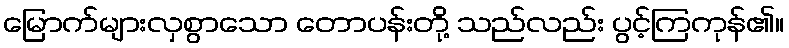
မြောက်များလှစွာသော တောပန်းတို့ သည်လည်း ပွင့်ကြကုန်၏။